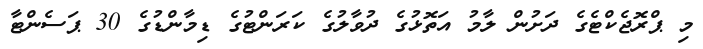
މި ޕްރޮޖެކްޓެގެ ދަށުން ލާމު އަތޮޅުގެ ދުވާލުގެ ކަރަންޓުގެ ޑިމާންޑުގެ 30 ޕަސެންޓާ